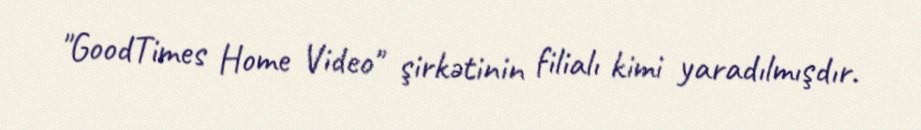
"GoodTimes Home Video" şirkətinin filialı kimi yaradılmışdır.